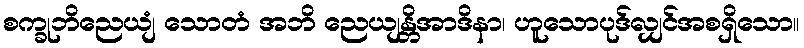
စက္ခုဘိညေယျံ သောတံ အဘိ ညေယျန္တိအာဒိနာ၊ ဟူသောပုဒ်လျှင်အစရှိသော။